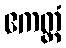
ဧကတ္ထံ